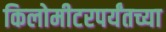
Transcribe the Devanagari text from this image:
किलोमीटरपर्यंतच्या